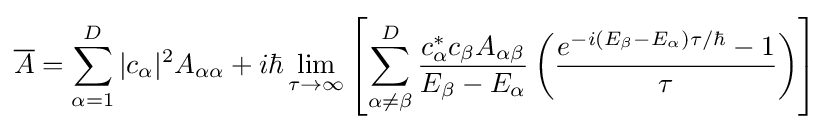
{\overline {A}}=\sum _{\alpha =1}^{D}|c_{\alpha }|^{2}A_{\alpha \alpha }+i\hbar \lim _{\tau \to \infty }\left[\sum _{\alpha \neq \beta }^{D}{\frac {c_{\alpha }^{*}c_{\beta }A_{\alpha \beta }}{E_{\beta }-E_{\alpha }}}\left({\frac {e^{-i\left(E_{\beta }-E_{\alpha }\right)\tau /\hbar }-1}{\tau }}\right)\right]